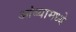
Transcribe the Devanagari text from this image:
आंब्यामध्ये